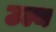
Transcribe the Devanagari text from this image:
उल्थ